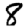
Digit: 8